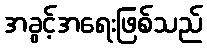
အခွင့်အရေးဖြစ်သည်